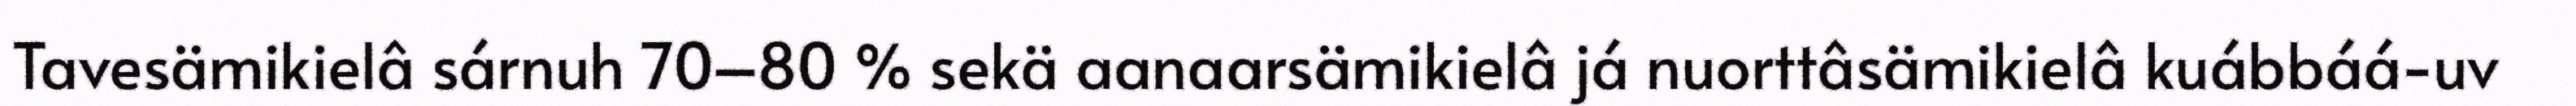
Tavesämikielâ sárnuh 70–80 % sekä aanaarsämikielâ já nuorttâsämikielâ kuábbáá-uv